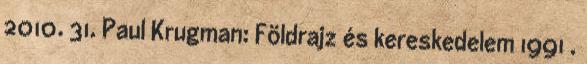
2010. 31. Paul Krugman: Földrajz és kereskedelem 1991 .